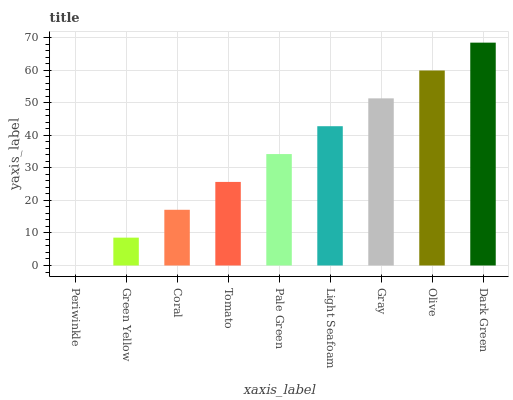
| xaxis_label | bars |
 | --- | --- |
 | Periwinkle | 0 |
 | Green Yellow | 8.55 |
 | Coral | 17.1 |
 | Tomato | 25.7 |
 | Pale Green | 34.2 |
 | Light Seafoam | 42.8 |
 | Gray | 51.3 |
 | Olive | 59.9 |
 | Dark Green | 68.4 |